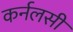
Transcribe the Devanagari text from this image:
कर्नलसी